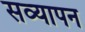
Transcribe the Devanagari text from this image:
सव्यापन